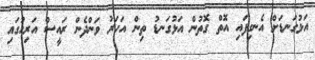
އަޅުގަނޑަށް އެނގިފައި އޮތް ގޮތުން އަޅުގަނޑު ތިން އަހަރު ވަންދެން ރައީސް އަރިހުގައި